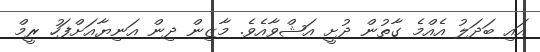
އައި ބަދަލު އެއްމެ ގާތުން ދުށީ އަޝްވާއެވެ. މާޒިން ދިން އަނިޔާއަށްފަހު ރީމް